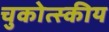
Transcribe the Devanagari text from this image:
चुकोत्स्कीय